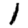
Digit: 1